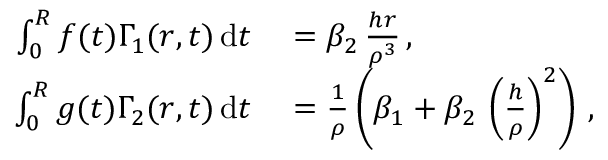
\begin{array} { r l } { \int _ { 0 } ^ { R } f ( t ) \Gamma _ { 1 } ( r , t ) \, \mathrm { d } t } & { { } = \beta _ { 2 } \, \frac { h r } { \rho ^ { 3 } } \, , } \\ { \int _ { 0 } ^ { R } g ( t ) \Gamma _ { 2 } ( r , t ) \, \mathrm { d } t } & { { } = \frac { 1 } { \rho } \left( \beta _ { 1 } + \beta _ { 2 } \, \left( \frac { h } { \rho } \right) ^ { 2 } \right) \, , } \end{array}